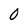
Character: O